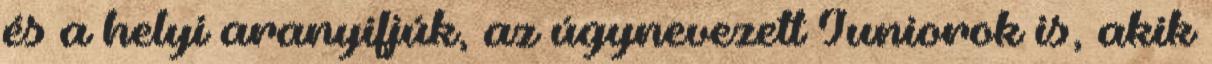
és a helyi aranyifjúk, az úgynevezett Juniorok is, akik